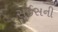
સૂઈસની